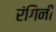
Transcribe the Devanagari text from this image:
रंगिनी